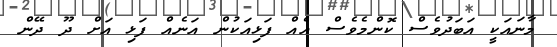
މާނައަކީ އަބަދުވެސް ކޮންމެވެސް އެއް ފަޅިއަކުން އަނެއް ފަޅި އަށް ދޫ ދޭން